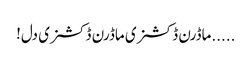
.....ماڈرن ڈکشنری ماڈرن ڈکشنری دل!